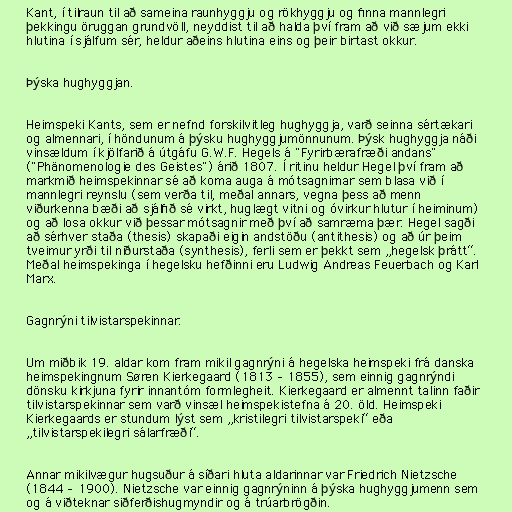
Kant, í tilraun til að sameina raunhyggju og rökhyggju og finna mannlegri
þekkingu öruggan grundvöll, neyddist til að halda því fram að við sæjum ekki
hlutina í sjálfum sér, heldur aðeins hlutina eins og þeir birtast okkur.

Þýska hughyggjan.

Heimspeki Kants, sem er nefnd forskilvitleg hughyggja, varð seinna sértækari
og almennari, í höndunum á þýsku hughyggjumönnunum. Þýsk hughyggja náði
vinsældum í kjölfarið á útgáfu G.W.F. Hegels á "Fyrirbærafræði andans"
("Phänomenologie des Geistes") árið 1807. Í ritinu heldur Hegel því fram að
markmið heimspekinnar sé að koma auga á mótsagnirnar sem blasa við í
mannlegri reynslu (sem verða til, meðal annars, vegna þess að menn
viðurkenna bæði að sjálfið sé virkt, huglægt vitni og óvirkur hlutur í heiminum)
og að losa okkur við þessar mótsagnir með því að samræma þær. Hegel sagði
að sérhver staða (thesis) skapaði eigin andstöðu (antithesis) og að úr þeim
tveimur yrði til niðurstaða (synthesis), ferli sem er þekkt sem „hegelsk þrátt“.
Meðal heimspekinga í hegelsku hefðinni eru Ludwig Andreas Feuerbach og Karl
Marx.

Gagnrýni tilvistarspekinnar.

Um miðbik 19. aldar kom fram mikil gagnrýni á hegelska heimspeki frá danska
heimspekingnum Søren Kierkegaard (1813 – 1855), sem einnig gagnrýndi
dönsku kirkjuna fyrir innantóm formlegheit. Kierkegaard er almennt talinn faðir
tilvistarspekinnar sem varð vinsæl heimspekistefna á 20. öld. Heimspeki
Kierkegaards er stundum lýst sem „kristilegri tilvistarspeki“ eða
„tilvistarspekilegri sálarfræði“.

Annar mikilvægur hugsuður á síðari hluta aldarinnar var Friedrich Nietzsche
(1844 – 1900). Nietzsche var einnig gagnrýninn á þýska hughyggjumenn sem
og á viðteknar siðferðishugmyndir og á trúarbrögðin.